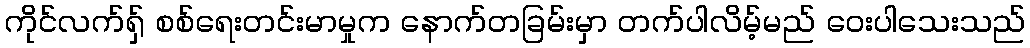
ကိုင်လက်ရှ် စစ်ရေးတင်းမာမှုက နောက်တခြမ်းမှာ တက်ပါလိမ့်မည် ဝေးပါသေးသည်